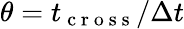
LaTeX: \theta=t_{\mathrm{~c~r~o~s~s~}}/\Delta t